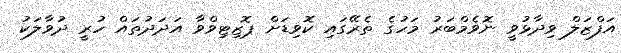
އަފްޒަލް ވިދާޅުވީ ނޮވެމްބަރު މަހުގެ ތެރޭގައި ކޮވިޑަށް ޕޮޒިޓިވްވާ އަދަދުތައް ހުރީ ދުވާލަކު